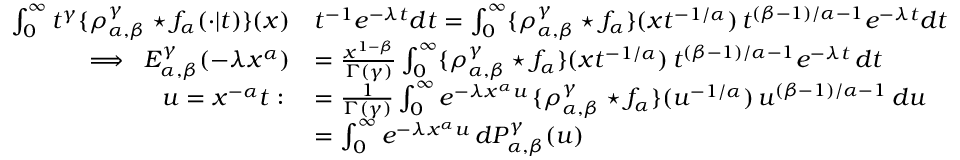
\begin{array} { r l } { \int _ { 0 } ^ { \infty } t ^ { \gamma } \{ \rho _ { \alpha , \beta } ^ { \gamma } \star f _ { \alpha } ( \cdot \vert t ) \} ( x ) } & { t ^ { - 1 } e ^ { - \lambda t } d t = \int _ { 0 } ^ { \infty } \{ \rho _ { \alpha , \beta } ^ { \gamma } \star f _ { \alpha } \} ( x t ^ { - 1 / \alpha } ) \, t ^ { ( \beta - 1 ) / \alpha - 1 } e ^ { - \lambda t } d t } \\ { \implies \; E _ { \alpha , \beta } ^ { \gamma } ( - \lambda x ^ { \alpha } ) } & { = \frac { x ^ { 1 - \beta } } { \Gamma ( \gamma ) } \int _ { 0 } ^ { \infty } \{ \rho _ { \alpha , \beta } ^ { \gamma } \star f _ { \alpha } \} ( x t ^ { - 1 / \alpha } ) \, t ^ { ( \beta - 1 ) / \alpha - 1 } e ^ { - \lambda t } \, d t } \\ { u = x ^ { - \alpha } t : \; } & { = \frac { 1 } { \Gamma ( \gamma ) } \int _ { 0 } ^ { \infty } e ^ { - \lambda x ^ { \alpha } u } \, \{ \rho _ { \alpha , \beta } ^ { \gamma } \star f _ { \alpha } \} ( u ^ { - 1 / \alpha } ) \, u ^ { ( \beta - 1 ) / \alpha - 1 } \, d u } \\ & { = \int _ { 0 } ^ { \infty } e ^ { - \lambda x ^ { \alpha } u } \, d P _ { \alpha , \beta } ^ { \gamma } ( u ) } \end{array}